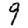
Digit: 9